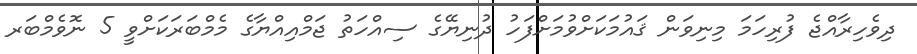
ދިވެހިރާއްޖެ ފުރިހަމަ މިނިވަން ޤައުމަކަށްވުމަށްފަހު ދުނިޔޭގެ ސިއްހަތު ޖަމްއިއްޔާގެ މެމްބަރަކަށްވީ 5 ނޮވެމްބަރ